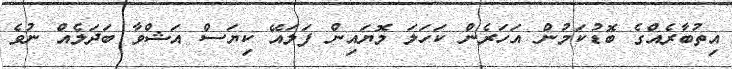
އިތުބާރެއްގެ ބޮޑުކަމުން އަހަރެން ކަހަލަ މޮޔައިން ފަލައޭ ކިޔަސް އަޝްވާ ބަދަލެއް ނުވެ